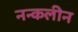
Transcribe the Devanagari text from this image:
नन्कलीन